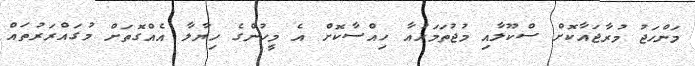
މަންހަޖު މުރާޖައާކޮށް ސްކޫލާއި މުޖުތަމައުއާ ހިއްސާކޮށް އެ މީހުންގެ ހިޔާލާ އެއްގޮތަށް މުގައްރަރުތައް